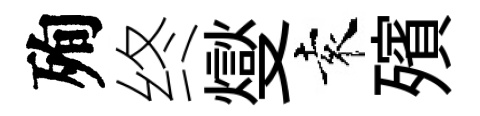
殉终燮袁殯